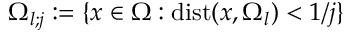
\Omega _ { l ; j } : = \{ x \in \Omega : \mathrm { d i s t } ( x , \Omega _ { l } ) < 1 / j \}